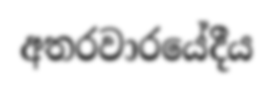
අතරවාරයේදීය